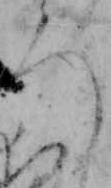
ろ